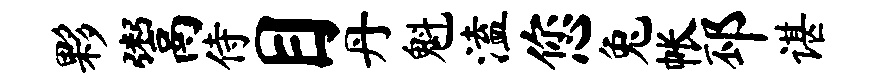
夥鬻侍目丹魁溘您兔帐邳谌